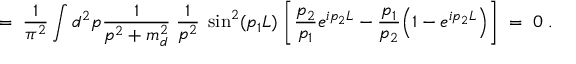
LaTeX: = \; \frac { 1 } { \pi ^ { 2 } } \int d ^ { 2 } p \frac { 1 } { p ^ { 2 } + m _ { d } ^ { 2 } } \; \frac { 1 } { p ^ { 2 } } \; \sin ^ { 2 } ( p _ { 1 } L ) \; \bigg [ \frac { p _ { 2 } } { p _ { 1 } } e ^ { i p _ { 2 } L } - \frac { p _ { 1 } } { p _ { 2 } } \Big ( 1 - e ^ { i p _ { 2 } L } \Big ) \bigg ] \; = \; 0 \; .